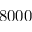
8 0 0 0